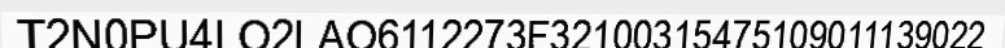
T2N0PU4LO2LAO6112273F32100315475109011139022